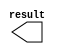
// megafunction wizard: %LPM_CONSTANT%VBB%
// GENERATION: STANDARD
// VERSION: WM1.0
// MODULE: LPM_CONSTANT 

// ============================================================
// Megafunction Name(s):
// 			LPM_CONSTANT
//
// Simulation Library Files(s):
// 			
// ============================================================
// ************************************************************
// THIS IS A WIZARD-GENERATED FILE. DO NOT EDIT THIS FILE!
//
// 18.0.0 Build 614 04/24/2018 SJ Lite Edition
// ************************************************************

//Copyright (C) 2018  Intel Corporation. All rights reserved.
//Your use of Intel Corporation's design tools, logic functions 
//and other software and tools, and its AMPP partner logic 
//functions, and any output files from any of the foregoing 
//(including device programming or simulation files), and any 
//associated documentation or information are expressly subject 
//to the terms and conditions of the Intel Program License 
//Subscription Agreement, the Intel Quartus Prime License Agreement,
//the Intel FPGA IP License Agreement, or other applicable license
//agreement, including, without limitation, that your use is for
//the sole purpose of programming logic devices manufactured by
//Intel and sold by Intel or its authorized distributors.  Please
//refer to the applicable agreement for further details.

module one_two_eight (
	result)/* synthesis synthesis_clearbox = 1 */;

	output	[31:0]  result;

endmodule

// ============================================================
// CNX file retrieval info
// ============================================================
// Retrieval info: PRIVATE: INTENDED_DEVICE_FAMILY STRING "Cyclone V"
// Retrieval info: PRIVATE: JTAG_ENABLED NUMERIC "0"
// Retrieval info: PRIVATE: JTAG_ID STRING "NONE"
// Retrieval info: PRIVATE: Radix NUMERIC "2"
// Retrieval info: PRIVATE: SYNTH_WRAPPER_GEN_POSTFIX STRING "0"
// Retrieval info: PRIVATE: Value NUMERIC "1124073472"
// Retrieval info: PRIVATE: nBit NUMERIC "32"
// Retrieval info: PRIVATE: new_diagram STRING "1"
// Retrieval info: LIBRARY: lpm lpm.lpm_components.all
// Retrieval info: CONSTANT: LPM_CVALUE NUMERIC "1124073472"
// Retrieval info: CONSTANT: LPM_HINT STRING "ENABLE_RUNTIME_MOD=NO"
// Retrieval info: CONSTANT: LPM_TYPE STRING "LPM_CONSTANT"
// Retrieval info: CONSTANT: LPM_WIDTH NUMERIC "32"
// Retrieval info: USED_PORT: result 0 0 32 0 OUTPUT NODEFVAL "result[31..0]"
// Retrieval info: CONNECT: result 0 0 32 0 @result 0 0 32 0
// Retrieval info: GEN_FILE: TYPE_NORMAL one_two_eight.v TRUE
// Retrieval info: GEN_FILE: TYPE_NORMAL one_two_eight.inc FALSE
// Retrieval info: GEN_FILE: TYPE_NORMAL one_two_eight.cmp FALSE
// Retrieval info: GEN_FILE: TYPE_NORMAL one_two_eight.bsf TRUE
// Retrieval info: GEN_FILE: TYPE_NORMAL one_two_eight_inst.v FALSE
// Retrieval info: GEN_FILE: TYPE_NORMAL one_two_eight_bb.v TRUE